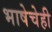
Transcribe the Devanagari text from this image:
भाषेचेही